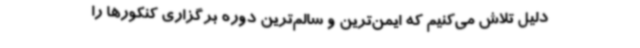
دلیل تلاش می‌کنیم که ایمن‌ترین و سالم‌ترین دوره برگزاری کنکورها را